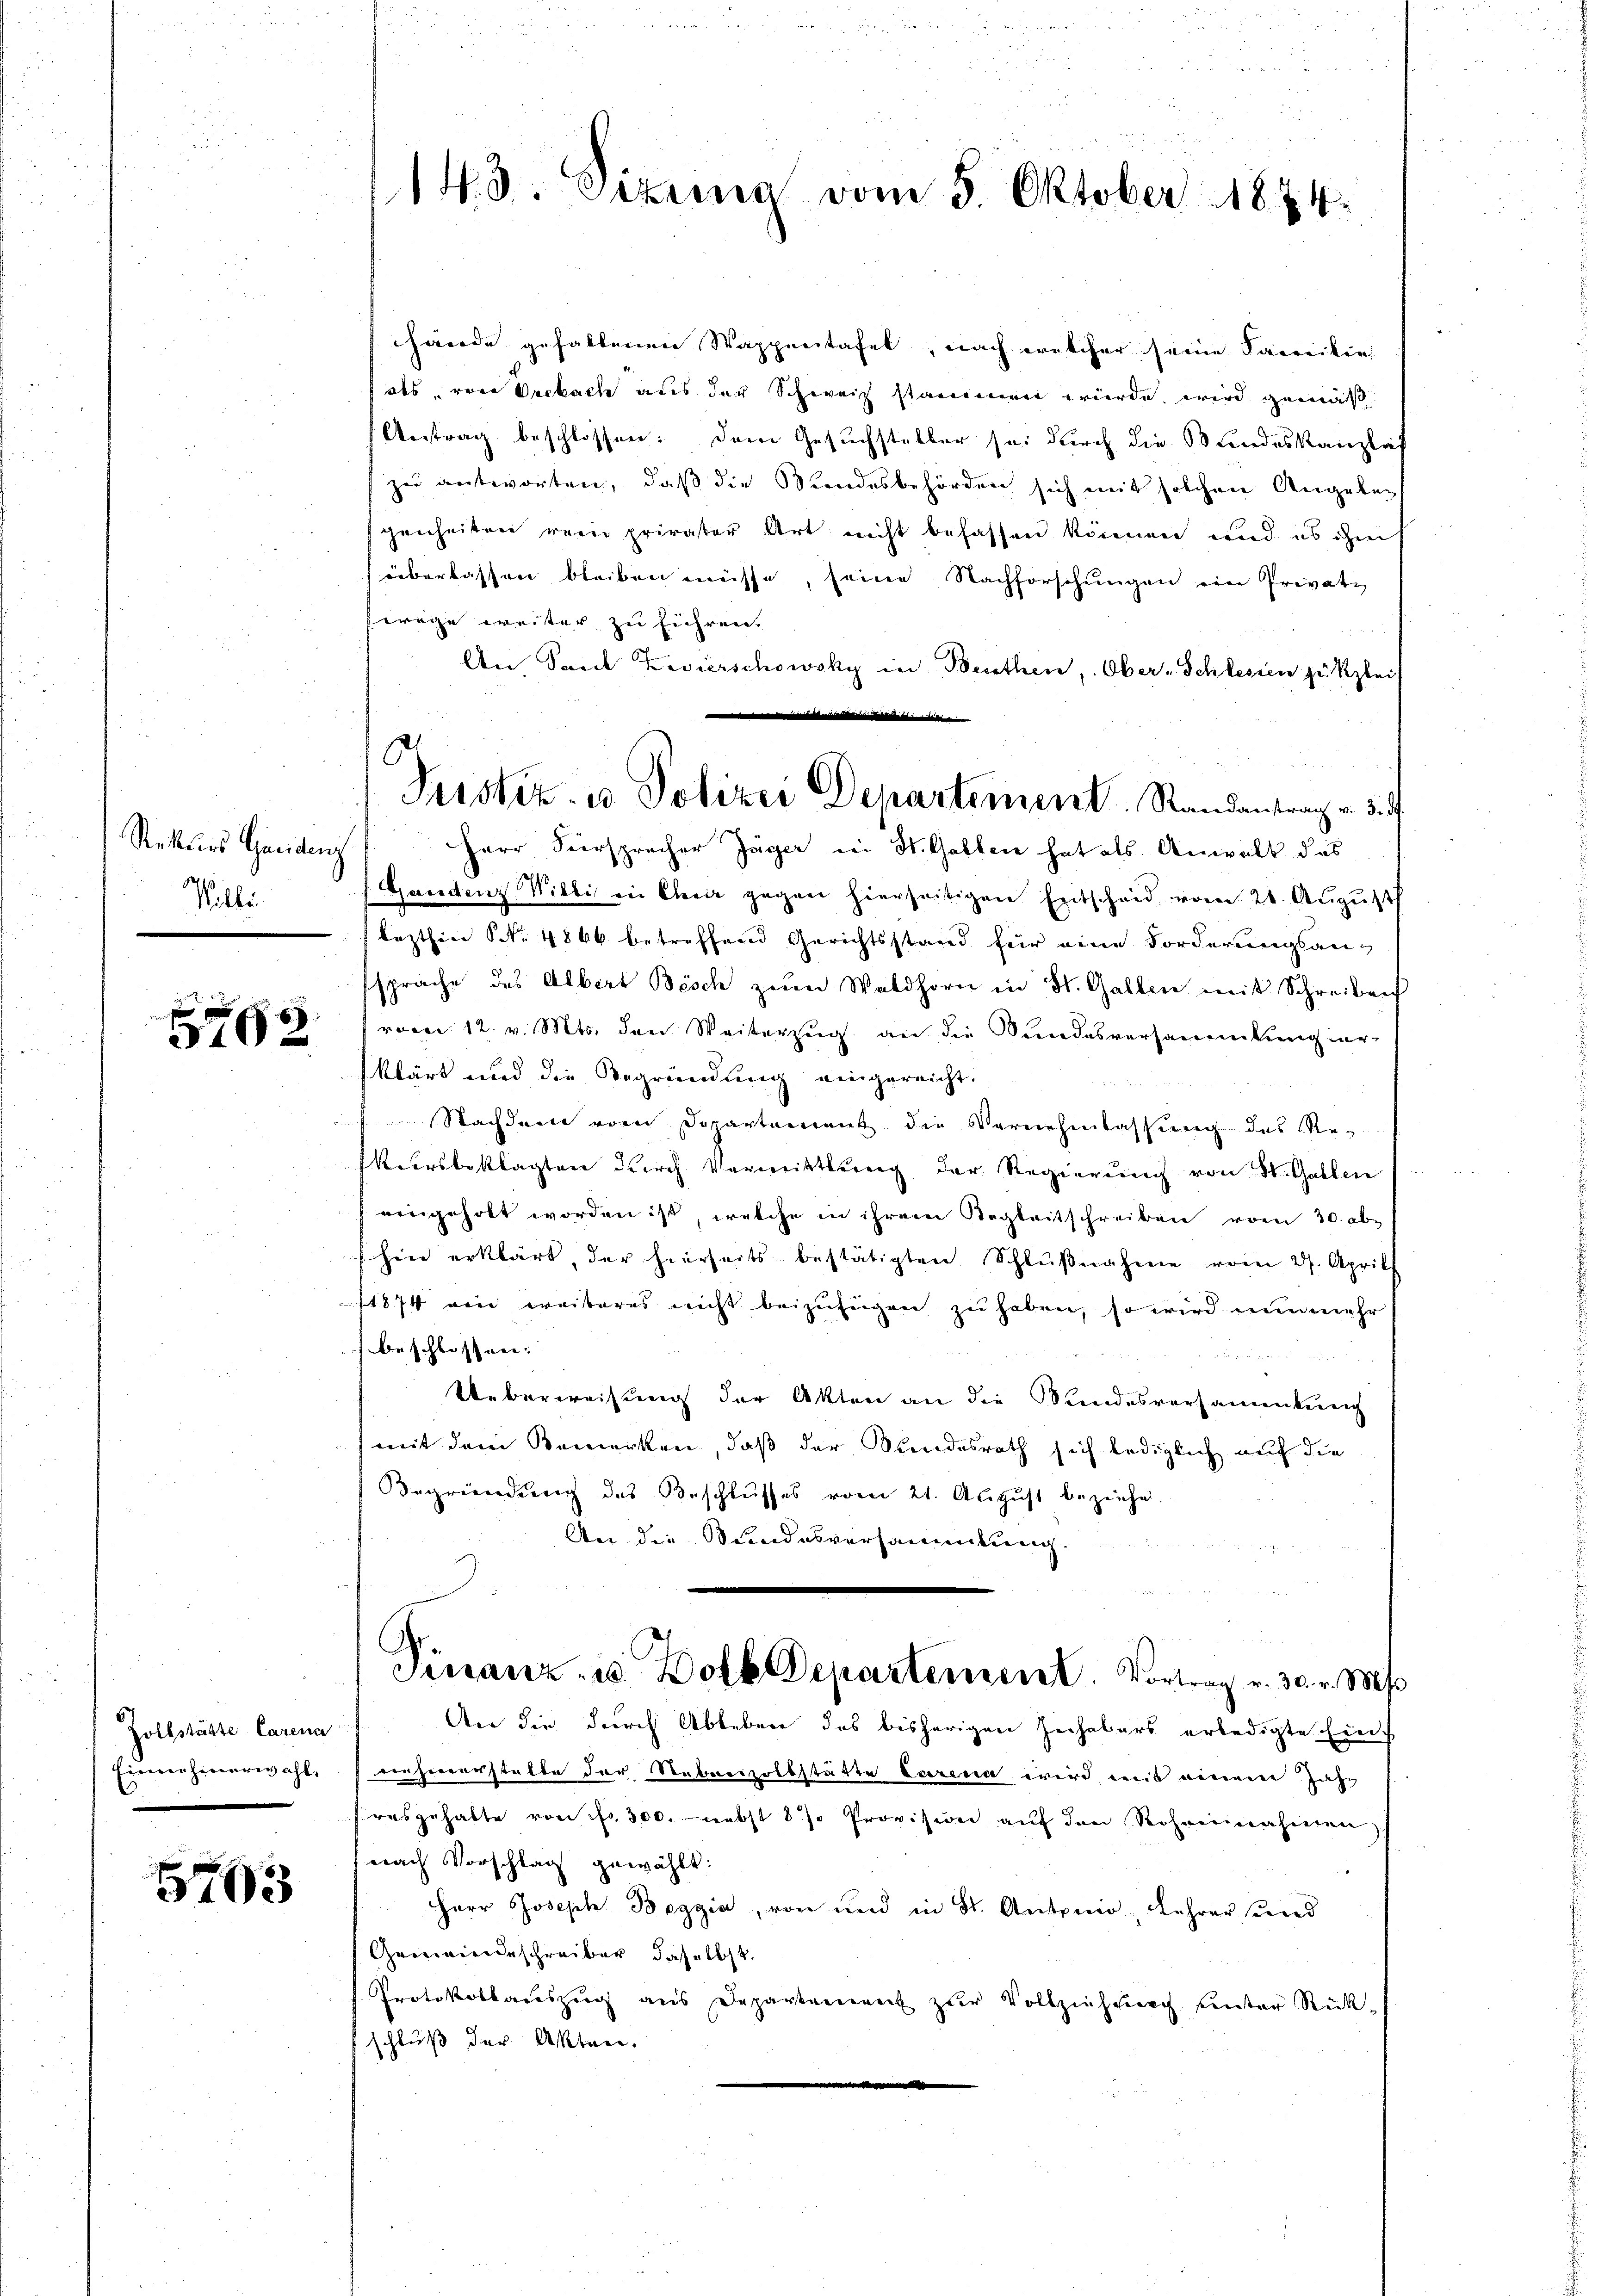
Rekurs Handenz
Ville

5762

Zollstätte Carena
Einnehmerwahl,

5793

14. d. Sizung vom 5. Oktober 1874.

hände gefallenen Wappentafel, nach welcher seine Facieikin
als von Vrebach aus der Schweiz stammen würde wird gemäß
Antrag beschlossen: dem Gesuchsteller sei durch die Bundeskanzlif
zu antworten, daß die Wandesbehörden sich mit solchen Angeben
genheiten rein privater Art nicht befassen können und es mit
überlassen bleiben müsse, seine Nachforschŭngen ein Private
wege weiter zu führen.
An Paul Zivierschowsky in Berathen, Ober-Schlesien zu klei
Herr Fürsprecher Jäger in H. Gallen hat als Anwalt das
Gandenz Willi in Chaiz gegen hierseitigen Entscheid vom 21. Aŭgŭst
lezthin No. 4866 betreffend Gerichtsstand für eine Forderungsanssprache des Albert Bisch zum Waldhorn in St. Gallen mit Schreiben
race 12. v. Mts. den Weiterzug an die Bundesversammlung irklärt und die Begründung eingereicht.
Nachdem vom Departement die Vernehmlassung des Re¬
Kehrsbeklagten Kirch Verweistung der Regierung von St. Gallen
eingeholt worden ist, welche in ihrem Regleitschreiben vom 30. ab-
hier erklärt, der hierseits bestätigten Schlŭβnahme vom 27. Aprill
1874 wie weiteres nicht beizufügen zu haben, so wird nunmehr
beschlossen:
Ueberweisung der Akten an die Stundesversamenkung
mit dem Bemerken, daß der Kundesrath sich lediglich auf die
Begründung des Beschlŭsses vom 21. Aŭgŭst bezeichn
An die Bundesversammlung.
Finanz- u. Dolb Departement. Vortrag v. 30. v. Ms.
An die durch Ableben des bisherigen Hechbars erledigte Eins
ernhiererstalte der Nabnrivollstätte Carena wird mit einem Jahr
resgehabte von fr. 300. nebst 8 % Provision aŭf den Rohseinahmen
nach Vorschlag gewählt:
Herr Joseph Boggia, von und in St. Antonio, Lehrer und
Gemeindeschreiber daselbst
Protokollauszug aus Departement zur Vollziehung unter Rück-
schluß der Akten.

iniani indis reiss nichte ein
Justiz- u. Polizei Departement Randantrag v. 3.